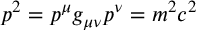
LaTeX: p ^ { 2 } = p ^ { \mu } g _ { \mu \nu } p ^ { \nu } = m ^ { 2 } c ^ { 2 }